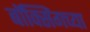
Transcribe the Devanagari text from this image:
बॉक्सिंगच्या